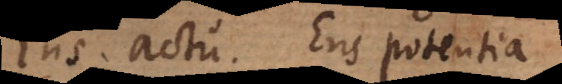
Ens actu. Ens potentia.